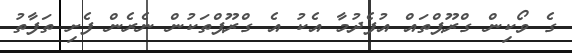
ގެ ވޯކިން ގްރޫޕްތައް އުފެދުމާ އެކު އެ ގްރޫޕްތަކުން ނެރެން ފެށި ތަފާތު